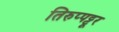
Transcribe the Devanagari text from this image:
तिरुप्पट्टूर